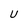
Character: u